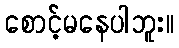
စောင့်မနေပါဘူး။